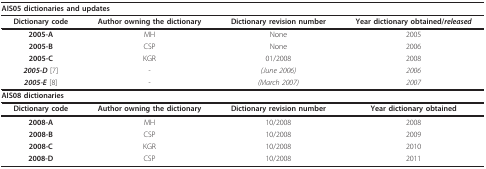
| <COLSPAN=4> AIS05 dictionaries and updates |
 | --- | --- | --- | --- |
 | Dictionary code | Author owning the dictionary | Dictionary revision number | Year dictionary obtained/released |
 | 2005-A | MH | None | 2005 |
 | 2005-B | CSP | None | 2006 |
 | 2005-C | KGR | 01/2008 | 2008 |
 | 2005-D [7] | - | (June 2006) | 2006 |
 | 2005-E [8] | - | (March 2007) | 2007 |
 | <COLSPAN=4> AIS08 dictionaries |
 | Dictionary code | Author owning the dictionary | Dictionary revision number | Year dictionary obtained |
 | 2008-A | MH | 10/2008 | 2008 |
 | 2008-B | CSP | 10/2008 | 2009 |
 | 2008-C | KGR | 10/2008 | 2010 |
 | 2008-D | CSP | 10/2008 | 2011 |